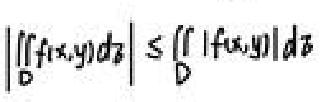
\left|\iint_{D} f(x,y)d\sigma\right|\leq\iint_{D} \left|f(x,y)\right|d\sigma